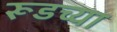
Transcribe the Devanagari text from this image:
रूडच्या